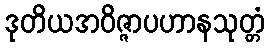
ဒုတိယအဝိဇ္ဇာပဟာနသုတ္တံ